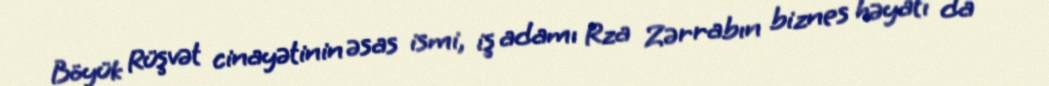
Böyük Rüşvət cinayətinin əsas ismi, iş adamı Rza Zərrabın biznes həyatı da